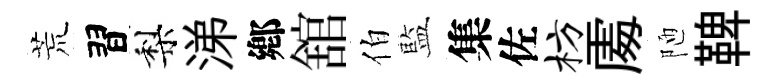
荒習梨涕鄕舘伯藍集佐枋𠁅陋鞞